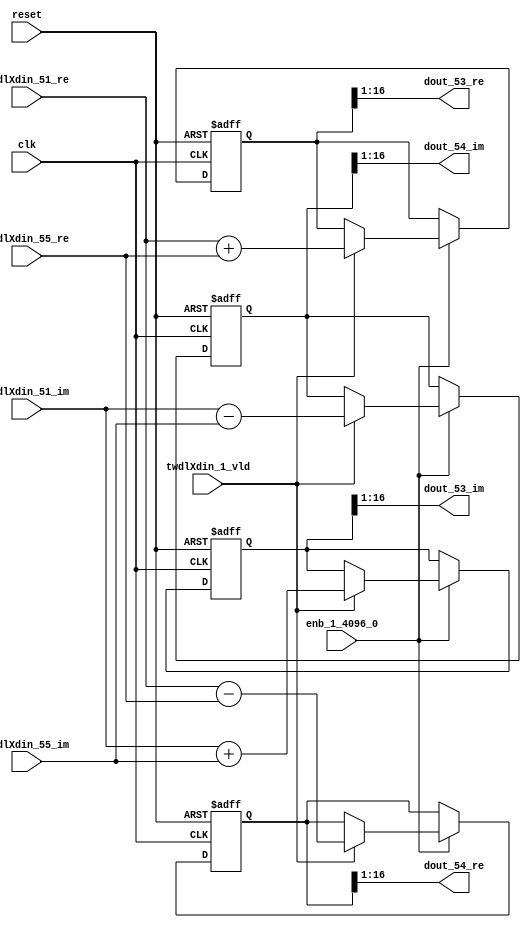
// -------------------------------------------------------------
// 
// 
// Generated by MATLAB 9.14 and HDL Coder 4.1
// 
// -------------------------------------------------------------


// -------------------------------------------------------------
// 
// Module: RADIX22FFT_SDNF1_5_block25
// Source Path: dsphdl.IFFT/RADIX22FFT_SDNF1_5
// Hierarchy Level: 4
// 
// -------------------------------------------------------------

`timescale 1 ns / 1 ns

module RADIX22FFT_SDNF1_5_block25
          (clk,
           reset,
           enb_1_4096_0,
           twdlXdin_51_re,
           twdlXdin_51_im,
           twdlXdin_55_re,
           twdlXdin_55_im,
           twdlXdin_1_vld,
           dout_53_re,
           dout_53_im,
           dout_54_re,
           dout_54_im);


  input   clk;
  input   reset;
  input   enb_1_4096_0;
  input   signed [15:0] twdlXdin_51_re;  // sfix16_En14
  input   signed [15:0] twdlXdin_51_im;  // sfix16_En14
  input   signed [15:0] twdlXdin_55_re;  // sfix16_En14
  input   signed [15:0] twdlXdin_55_im;  // sfix16_En14
  input   twdlXdin_1_vld;
  output  signed [15:0] dout_53_re;  // sfix16_En14
  output  signed [15:0] dout_53_im;  // sfix16_En14
  output  signed [15:0] dout_54_re;  // sfix16_En14
  output  signed [15:0] dout_54_im;  // sfix16_En14


  reg signed [16:0] Radix22ButterflyG1_NF_btf1_re_reg;  // sfix17
  reg signed [16:0] Radix22ButterflyG1_NF_btf1_im_reg;  // sfix17
  reg signed [16:0] Radix22ButterflyG1_NF_btf2_re_reg;  // sfix17
  reg signed [16:0] Radix22ButterflyG1_NF_btf2_im_reg;  // sfix17
  reg  Radix22ButterflyG1_NF_dinXtwdl_vld_dly1;
  reg signed [16:0] Radix22ButterflyG1_NF_btf1_re_reg_next;  // sfix17_En14
  reg signed [16:0] Radix22ButterflyG1_NF_btf1_im_reg_next;  // sfix17_En14
  reg signed [16:0] Radix22ButterflyG1_NF_btf2_re_reg_next;  // sfix17_En14
  reg signed [16:0] Radix22ButterflyG1_NF_btf2_im_reg_next;  // sfix17_En14
  reg  Radix22ButterflyG1_NF_dinXtwdl_vld_dly1_next;
  reg signed [15:0] dout_53_re_1;  // sfix16_En14
  reg signed [15:0] dout_53_im_1;  // sfix16_En14
  reg signed [15:0] dout_54_re_1;  // sfix16_En14
  reg signed [15:0] dout_54_im_1;  // sfix16_En14
  reg  dout_53_vld;
  reg signed [16:0] Radix22ButterflyG1_NF_add_cast;  // sfix17_En14
  reg signed [16:0] Radix22ButterflyG1_NF_add_cast_0;  // sfix17_En14
  reg signed [16:0] Radix22ButterflyG1_NF_sra_temp;  // sfix17_En14
  reg signed [16:0] Radix22ButterflyG1_NF_sub_cast;  // sfix17_En14
  reg signed [16:0] Radix22ButterflyG1_NF_sub_cast_0;  // sfix17_En14
  reg signed [16:0] Radix22ButterflyG1_NF_sra_temp_0;  // sfix17_En14
  reg signed [16:0] Radix22ButterflyG1_NF_add_cast_1;  // sfix17_En14
  reg signed [16:0] Radix22ButterflyG1_NF_add_cast_2;  // sfix17_En14
  reg signed [16:0] Radix22ButterflyG1_NF_sra_temp_1;  // sfix17_En14
  reg signed [16:0] Radix22ButterflyG1_NF_sub_cast_1;  // sfix17_En14
  reg signed [16:0] Radix22ButterflyG1_NF_sub_cast_2;  // sfix17_En14
  reg signed [16:0] Radix22ButterflyG1_NF_sra_temp_2;  // sfix17_En14


  // Radix22ButterflyG1_NF
  always @(posedge clk or posedge reset)
    begin : Radix22ButterflyG1_NF_process
      if (reset == 1'b1) begin
        Radix22ButterflyG1_NF_btf1_re_reg <= 17'sb00000000000000000;
        Radix22ButterflyG1_NF_btf1_im_reg <= 17'sb00000000000000000;
        Radix22ButterflyG1_NF_btf2_re_reg <= 17'sb00000000000000000;
        Radix22ButterflyG1_NF_btf2_im_reg <= 17'sb00000000000000000;
        Radix22ButterflyG1_NF_dinXtwdl_vld_dly1 <= 1'b0;
      end
      else begin
        if (enb_1_4096_0) begin
          Radix22ButterflyG1_NF_btf1_re_reg <= Radix22ButterflyG1_NF_btf1_re_reg_next;
          Radix22ButterflyG1_NF_btf1_im_reg <= Radix22ButterflyG1_NF_btf1_im_reg_next;
          Radix22ButterflyG1_NF_btf2_re_reg <= Radix22ButterflyG1_NF_btf2_re_reg_next;
          Radix22ButterflyG1_NF_btf2_im_reg <= Radix22ButterflyG1_NF_btf2_im_reg_next;
          Radix22ButterflyG1_NF_dinXtwdl_vld_dly1 <= Radix22ButterflyG1_NF_dinXtwdl_vld_dly1_next;
        end
      end
    end

  always @(Radix22ButterflyG1_NF_btf1_im_reg, Radix22ButterflyG1_NF_btf1_re_reg,
       Radix22ButterflyG1_NF_btf2_im_reg, Radix22ButterflyG1_NF_btf2_re_reg,
       Radix22ButterflyG1_NF_dinXtwdl_vld_dly1, twdlXdin_1_vld, twdlXdin_51_im,
       twdlXdin_51_re, twdlXdin_55_im, twdlXdin_55_re) begin
    Radix22ButterflyG1_NF_add_cast = 17'sb00000000000000000;
    Radix22ButterflyG1_NF_add_cast_0 = 17'sb00000000000000000;
    Radix22ButterflyG1_NF_sub_cast = 17'sb00000000000000000;
    Radix22ButterflyG1_NF_sub_cast_0 = 17'sb00000000000000000;
    Radix22ButterflyG1_NF_add_cast_1 = 17'sb00000000000000000;
    Radix22ButterflyG1_NF_add_cast_2 = 17'sb00000000000000000;
    Radix22ButterflyG1_NF_sub_cast_1 = 17'sb00000000000000000;
    Radix22ButterflyG1_NF_sub_cast_2 = 17'sb00000000000000000;
    Radix22ButterflyG1_NF_btf1_re_reg_next = Radix22ButterflyG1_NF_btf1_re_reg;
    Radix22ButterflyG1_NF_btf1_im_reg_next = Radix22ButterflyG1_NF_btf1_im_reg;
    Radix22ButterflyG1_NF_btf2_re_reg_next = Radix22ButterflyG1_NF_btf2_re_reg;
    Radix22ButterflyG1_NF_btf2_im_reg_next = Radix22ButterflyG1_NF_btf2_im_reg;
    Radix22ButterflyG1_NF_dinXtwdl_vld_dly1_next = twdlXdin_1_vld;
    if (twdlXdin_1_vld) begin
      Radix22ButterflyG1_NF_add_cast = {twdlXdin_51_re[15], twdlXdin_51_re};
      Radix22ButterflyG1_NF_add_cast_0 = {twdlXdin_55_re[15], twdlXdin_55_re};
      Radix22ButterflyG1_NF_btf1_re_reg_next = Radix22ButterflyG1_NF_add_cast + Radix22ButterflyG1_NF_add_cast_0;
      Radix22ButterflyG1_NF_sub_cast = {twdlXdin_51_re[15], twdlXdin_51_re};
      Radix22ButterflyG1_NF_sub_cast_0 = {twdlXdin_55_re[15], twdlXdin_55_re};
      Radix22ButterflyG1_NF_btf2_re_reg_next = Radix22ButterflyG1_NF_sub_cast - Radix22ButterflyG1_NF_sub_cast_0;
      Radix22ButterflyG1_NF_add_cast_1 = {twdlXdin_51_im[15], twdlXdin_51_im};
      Radix22ButterflyG1_NF_add_cast_2 = {twdlXdin_55_im[15], twdlXdin_55_im};
      Radix22ButterflyG1_NF_btf1_im_reg_next = Radix22ButterflyG1_NF_add_cast_1 + Radix22ButterflyG1_NF_add_cast_2;
      Radix22ButterflyG1_NF_sub_cast_1 = {twdlXdin_51_im[15], twdlXdin_51_im};
      Radix22ButterflyG1_NF_sub_cast_2 = {twdlXdin_55_im[15], twdlXdin_55_im};
      Radix22ButterflyG1_NF_btf2_im_reg_next = Radix22ButterflyG1_NF_sub_cast_1 - Radix22ButterflyG1_NF_sub_cast_2;
    end
    Radix22ButterflyG1_NF_sra_temp = Radix22ButterflyG1_NF_btf1_re_reg >>> 8'd1;
    dout_53_re_1 = Radix22ButterflyG1_NF_sra_temp[15:0];
    Radix22ButterflyG1_NF_sra_temp_0 = Radix22ButterflyG1_NF_btf1_im_reg >>> 8'd1;
    dout_53_im_1 = Radix22ButterflyG1_NF_sra_temp_0[15:0];
    Radix22ButterflyG1_NF_sra_temp_1 = Radix22ButterflyG1_NF_btf2_re_reg >>> 8'd1;
    dout_54_re_1 = Radix22ButterflyG1_NF_sra_temp_1[15:0];
    Radix22ButterflyG1_NF_sra_temp_2 = Radix22ButterflyG1_NF_btf2_im_reg >>> 8'd1;
    dout_54_im_1 = Radix22ButterflyG1_NF_sra_temp_2[15:0];
    dout_53_vld = Radix22ButterflyG1_NF_dinXtwdl_vld_dly1;
  end



  assign dout_53_re = dout_53_re_1;

  assign dout_53_im = dout_53_im_1;

  assign dout_54_re = dout_54_re_1;

  assign dout_54_im = dout_54_im_1;

endmodule  // RADIX22FFT_SDNF1_5_block25